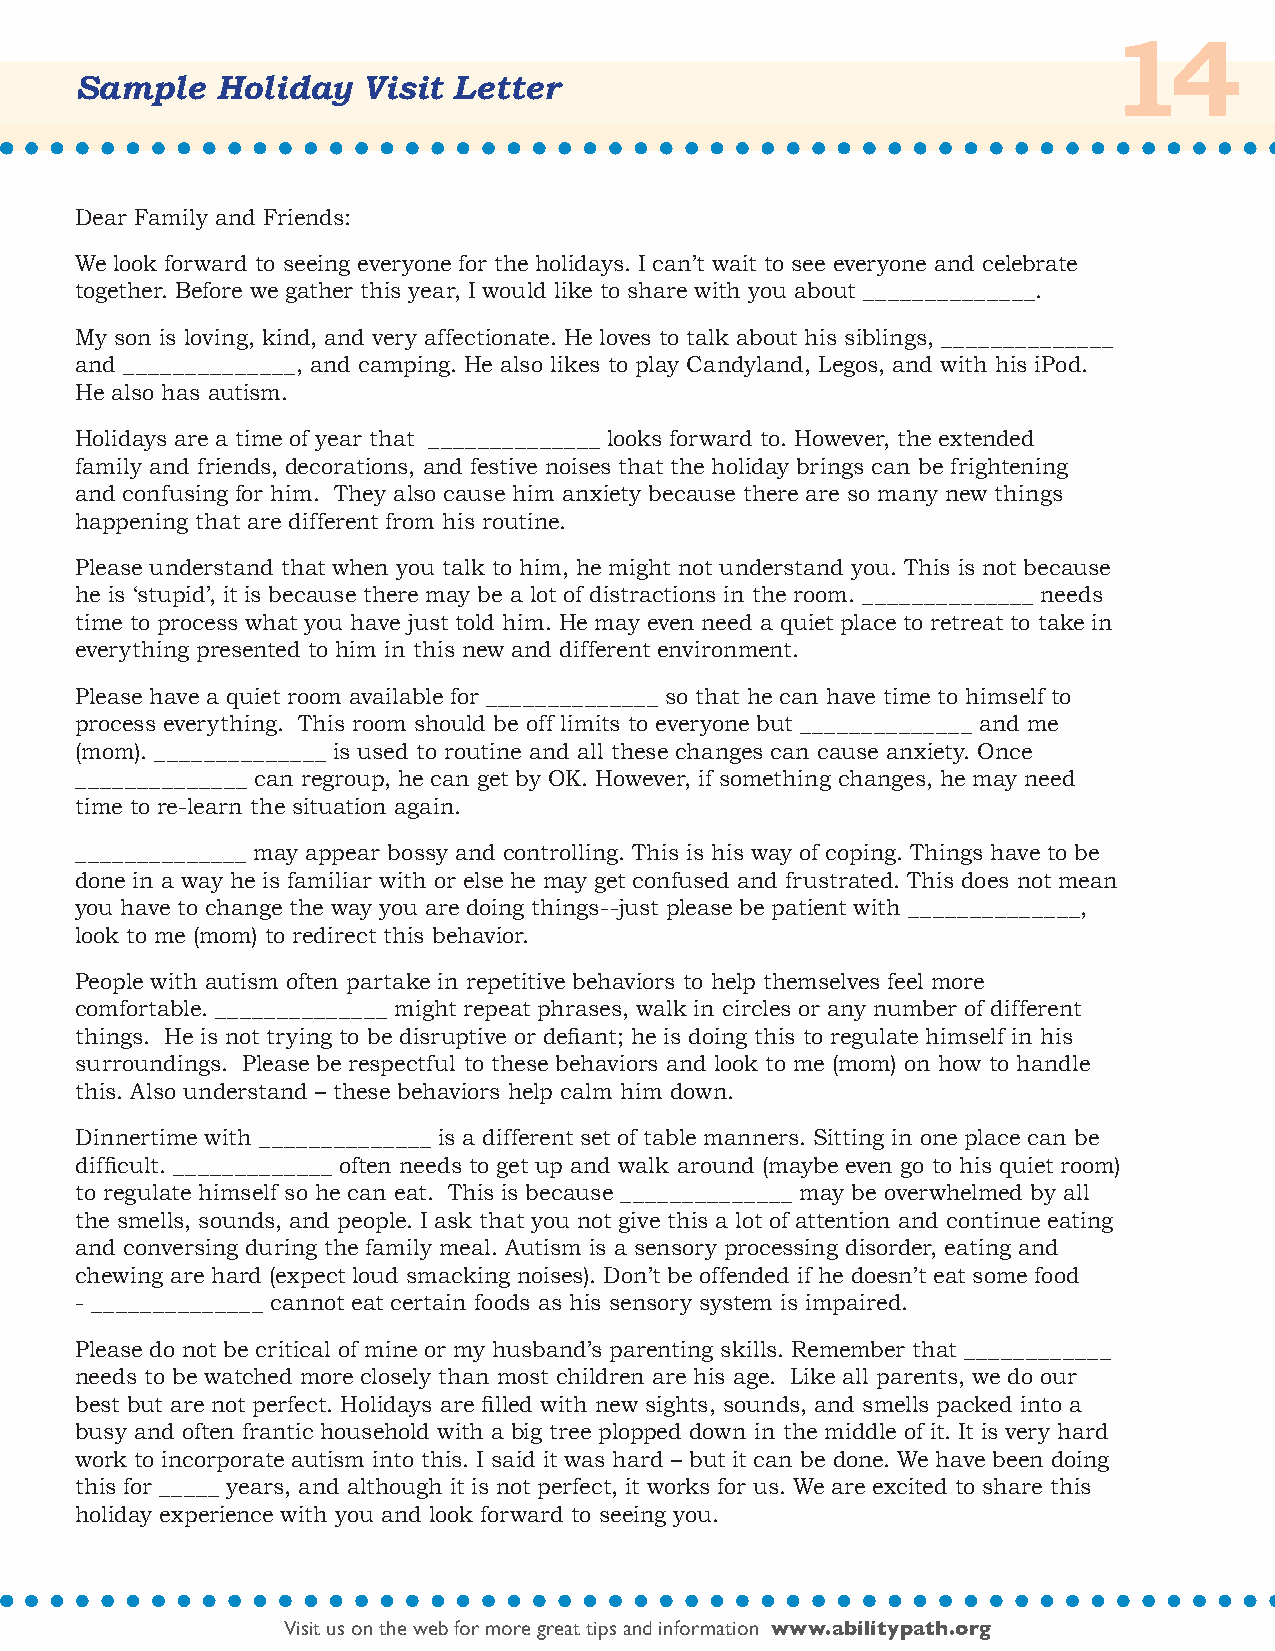
14
 Sample   Holiday   Visit Letter
 Dear Family and Friends:
 We look forward to seeing everyone for the holidays. I can’t wait to see everyone and celebrate
 together. Before we gather this year, I would like to share with you about ______________.
 My son is loving, kind, and very affectionate. He loves to talk about his siblings, ______________
 and ______________, and camping. He also likes to play Candyland, Legos, and with his iPod.
 He also has autism.
 Holidays are a time of year that ______________ looks forward to. However, the extended
 family and friends, decorations, and festive noises that the holiday brings can be frightening
 and confusing for him. They also cause him anxiety because there are so many new things
 happening that are different from his routine.
 Please understand that when you talk to him, he might not understand you. This is not because
 he is ‘stupid’, it is because there may be a lot of distractions in the room. ______________ needs
 time to process what you have just told him. He may even need a quiet place to retreat to take in
 everything presented to him in this new and different environment.
 Please have a quiet room available for ______________ so that he can have time to himself to
 process everything. This room should be off limits to everyone but ______________ and me
 (mom). ______________ is used to routine and all these changes can cause anxiety. Once
 ______________ can regroup, he can get by OK. However, if something changes, he may need
 time to re-learn the situation again.
 ______________ may appear bossy and controlling. This is his way of coping. Things have to be
 done in a way he is familiar with or else he may get confused and frustrated. This does not mean
 you have to change the way you are doing things--just please be patient with ______________,
 look to me (mom) to redirect this behavior.
 People with autism often partake in repetitive behaviors to help themselves feel more
 comfortable. ______________ might repeat phrases, walk in circles or any number of different
 things. He is not trying to be disruptive or defiant; he is doing this to regulate himself in his
 surroundings. Please be respectful to these behaviors and look to me (mom) on how to handle
 this. Also understand – these behaviors help calm him down.
 Dinnertime with ______________ is a different set of table manners. Sitting in one place can be
 difficult. _____________ often needs to get up and walk around (maybe even go to his quiet room)
 to regulate himself so he can eat. This is because ______________ may be overwhelmed by all
 the smells, sounds, and people. I ask that you not give this a lot of attention and continue eating
 and conversing during the family meal. Autism is a sensory processing disorder, eating and
 chewing are hard (expect loud smacking noises). Don’t be offended if he doesn’t eat some food
 - ______________ cannot eat certain foods as his sensory system is impaired.
 Please do not be critical of mine or my husband’s parenting skills. Remember that ____________
 needs to be watched more closely than most children are his age. Like all parents, we do our
 best but are not perfect. Holidays are filled with new sights, sounds, and smells packed into a
 busy and often frantic household with a big tree plopped down in the middle of it. It is very hard
 work to incorporate autism into this. I said it was hard – but it can be done. We have been doing
 this for _____ years, and although it is not perfect, it works for us. We are excited to share this
 holiday experience with you and look forward to seeing you.
 Visit us on the web for more great tips and information www.abilitypath.org